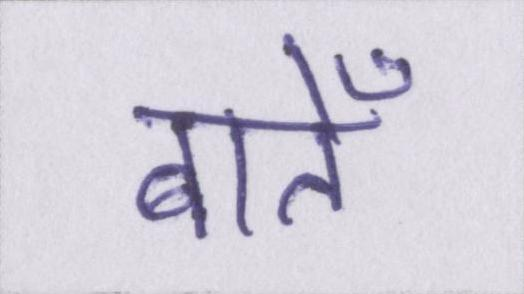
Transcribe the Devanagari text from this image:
बातेँ